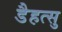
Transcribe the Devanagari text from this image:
डैहत्सु